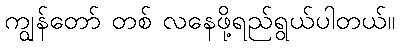
ကျွန်တော် တစ် လနေဖို့ရည်ရွယ်ပါတယ်။